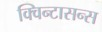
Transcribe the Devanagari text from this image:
क्विन्टासन्स